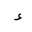
Letter: _hamza